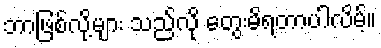
ဘာဖြစ်လို့များ သည်လို တွေးမိရတာပါလိမ့်။